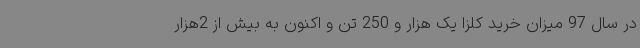
در سال 97 میزان خرید کلزا یک هزار و 250 تن و اکنون به بیش از 2هزار